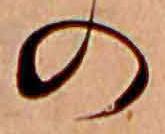
の